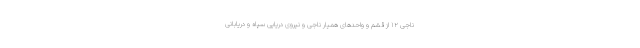
ناجی ۱۲ از قشم و واحدهای همیار ناجی و نیروی دریایی سپاه و دریابانی